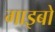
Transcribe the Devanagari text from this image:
गाइबो